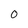
Character: 0